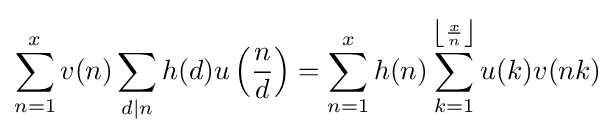
\sum _{n=1}^{x}v(n)\sum _{d\mid n}h(d)u\left({\frac {n}{d}}\right)=\sum _{n=1}^{x}h(n)\sum _{k=1}^{\left\lfloor {\frac {x}{n}}\right\rfloor }u(k)v(nk)